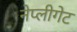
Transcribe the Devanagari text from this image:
नेप्लीगेट